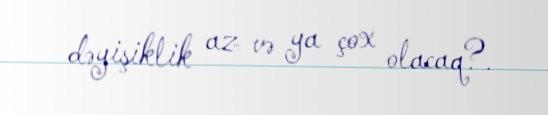
dəyişiklik az və ya çox olacaq?.